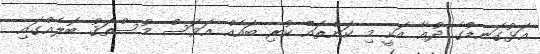
އަޅުގަނޑުގެ ދުޢާ އަކީ މި ކަންތައް ކުރި ބައެއް އަވަސް މުސްތަޤު ބޮލެއްގައި